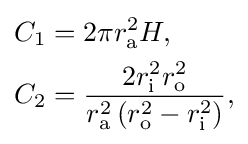
{\begin{aligned}C_{1}&=2\pi r_{\text{a}}^{2}H,\\C_{2}&={\frac {2r_{\text{i}}^{2}r_{\text{o}}^{2}}{r_{\text{a}}^{2}\left(r_{\text{o}}^{2}-r_{\text{i}}^{2}\right)}},\end{aligned}}